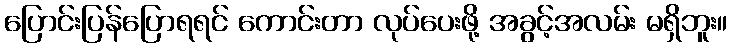
ပြောင်းပြန်ပြောရရင် ကောင်းတာ လုပ်ပေးဖို့ အခွင့်အလမ်း မရှိဘူး။